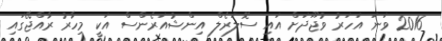
2016 ވަނަ އަހަރު ވުޖޫދަށް އައި ސޮލަރެލް އިންޝުއަރެންސް އަކީ މިހާރު ރާއްޖޭގައި